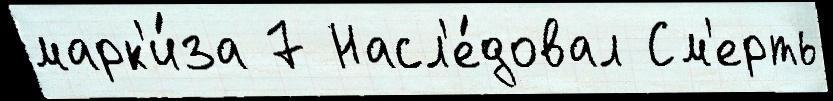
марк'и́за 7 Насл'е́довал См'ерть